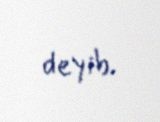
deyib.